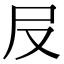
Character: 㞋